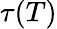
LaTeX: \tau(T)